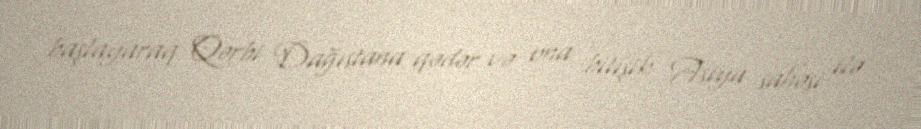
başlayaraq Qərbi Dağıstana qədər və ona bitişik Asiya sahəsi ilə